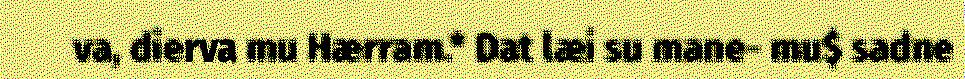
va, dierva mu Hærram.* Dat læi su mane- mu$ sadne